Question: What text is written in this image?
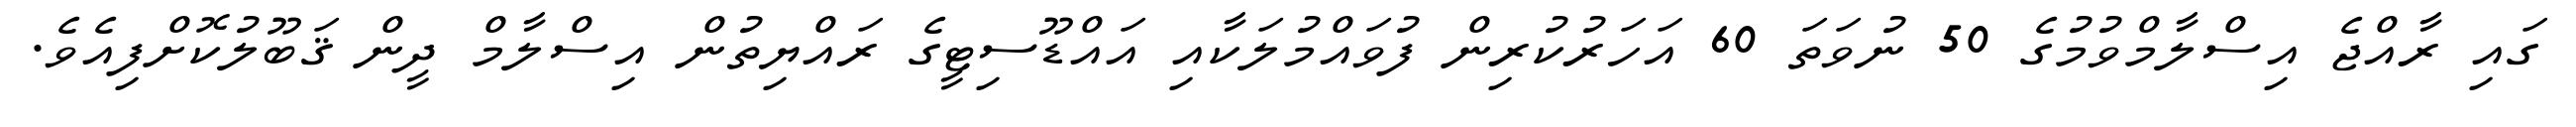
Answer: ގައި ރާއްޖެ އިސްލާމްވުމުގެ 50 ނުވަތަ 60 އަހަރުކުރިން ފުވައްމުލަކާއި އައްޑޫސިޓީގެ ރައްޔިތުން އިސްލާމް ދީން ޤަބޫލުކޮށްފިއެވެ.